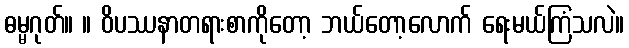
ဓမ္မဂုတ်။ ။ ဝိပဿနာတရားစာကိုတော့ ဘယ်တော့လောက် ရေးမယ်ကြံသလဲ။